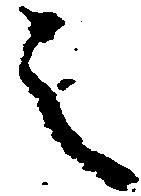
之